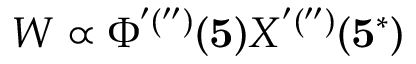
W \propto \Phi ^ { ' ( ^ { \prime \prime } ) } ( { \bf 5 } ) X ^ { ' ( ^ { \prime \prime } ) } ( { \bf 5 ^ { * } } )